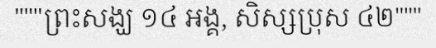
"""ព្រះសង្ឃ ១៤ អង្គ, សិស្សប្រុស ៤២"""